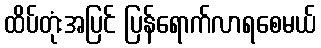
ထိပ်တုံးအပြင် ပြန်ရောက်လာရစေမယ်